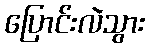
ပြောင်းလဲသွား